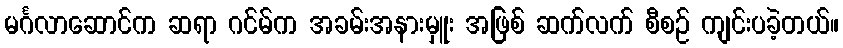
မင်္ဂလာဆောင်က ဆရာ ဂင်မ်က အခမ်းအနားမှူး အဖြစ် ဆက်လက် စီစဉ် ကျင်းပခဲ့တယ်။